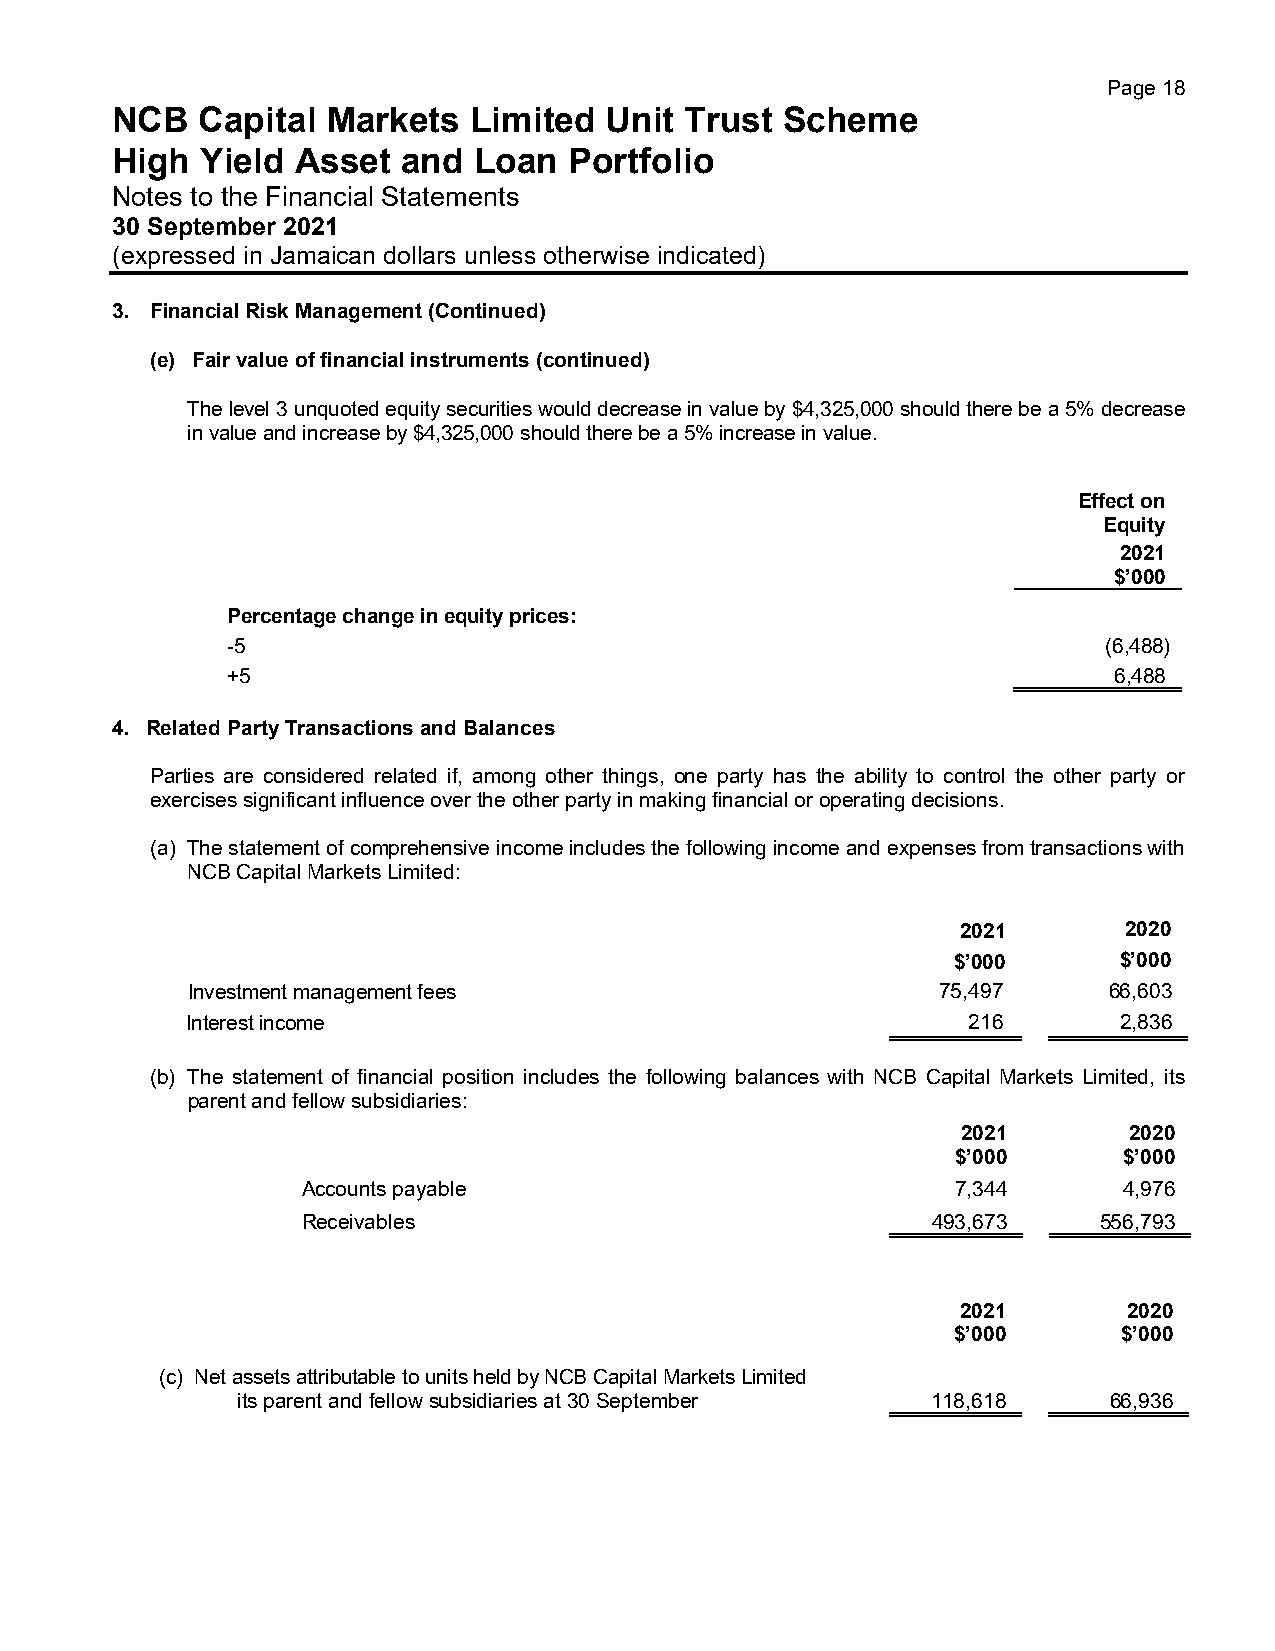
Page 18
 NCB   Capital  Markets  Limited  Unit Trust  Scheme
 High  Yield  Asset  and Loan   Portfolio
 Notes to the Financial Statements
 30 September 2021
 (expressed in Jamaican dollars unless otherwise indicated)
 3. Financial Risk Management (Continued)
 (e) Fair value of financial instruments (continued)
 The level 3 unquoted equity securities would decrease in value by $4,325,000 should there be a 5% decrease
 in value and increase by $4,325,000 should there be a 5% increase in value.
 Effect on
 Equity
 2021
 $’000
 Percentage change in equity prices:
 -5                                                        (6,488)
 +5                                                         6,488
 4. Related Party Transactions and Balances
 Parties are considered related if, among other things, one party has the ability to control the other party or
 exercises significant influence over the other party in making financial or operating decisions.
 (a) The statement of comprehensive income includes the following income and expenses from transactions with
 NCB Capital Markets Limited:
 2021       2020
 $’000      $’000
 Investment management fees                        75,497     66,603
 Interest income                                     216       2,836
 (b) The statement of financial position includes the following balances with NCB Capital Markets Limited, its
 parent and fellow subsidiaries:
 2021       2020
 $’000      $’000
 Accounts payable                           7,344      4,976
 Receivables                               493,673    556,793
 2021       2020
 $’000      $’000
 (c) Net assets attributable to units held by NCB Capital Markets Limited
 its parent and fellow subsidiaries at 30 September 118,618 66,936